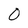
Character: 0